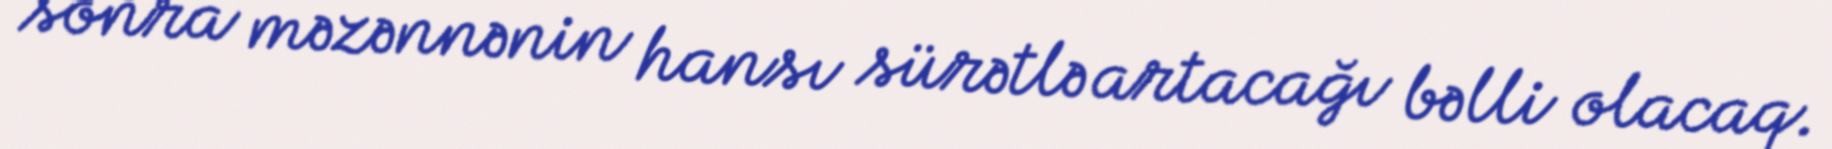
sonra məzənnənin hansı sürətlə artacağı bəlli olacaq.